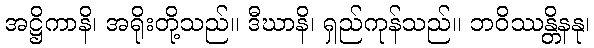
အဋ္ဌိကာနိ၊ အရိုးတို့သည်။ ဒီဃာနိ၊ ရှည်ကုန်သည်။ ဘဝိဿန္တိနနု၊